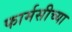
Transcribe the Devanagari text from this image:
फार्मसीच्या